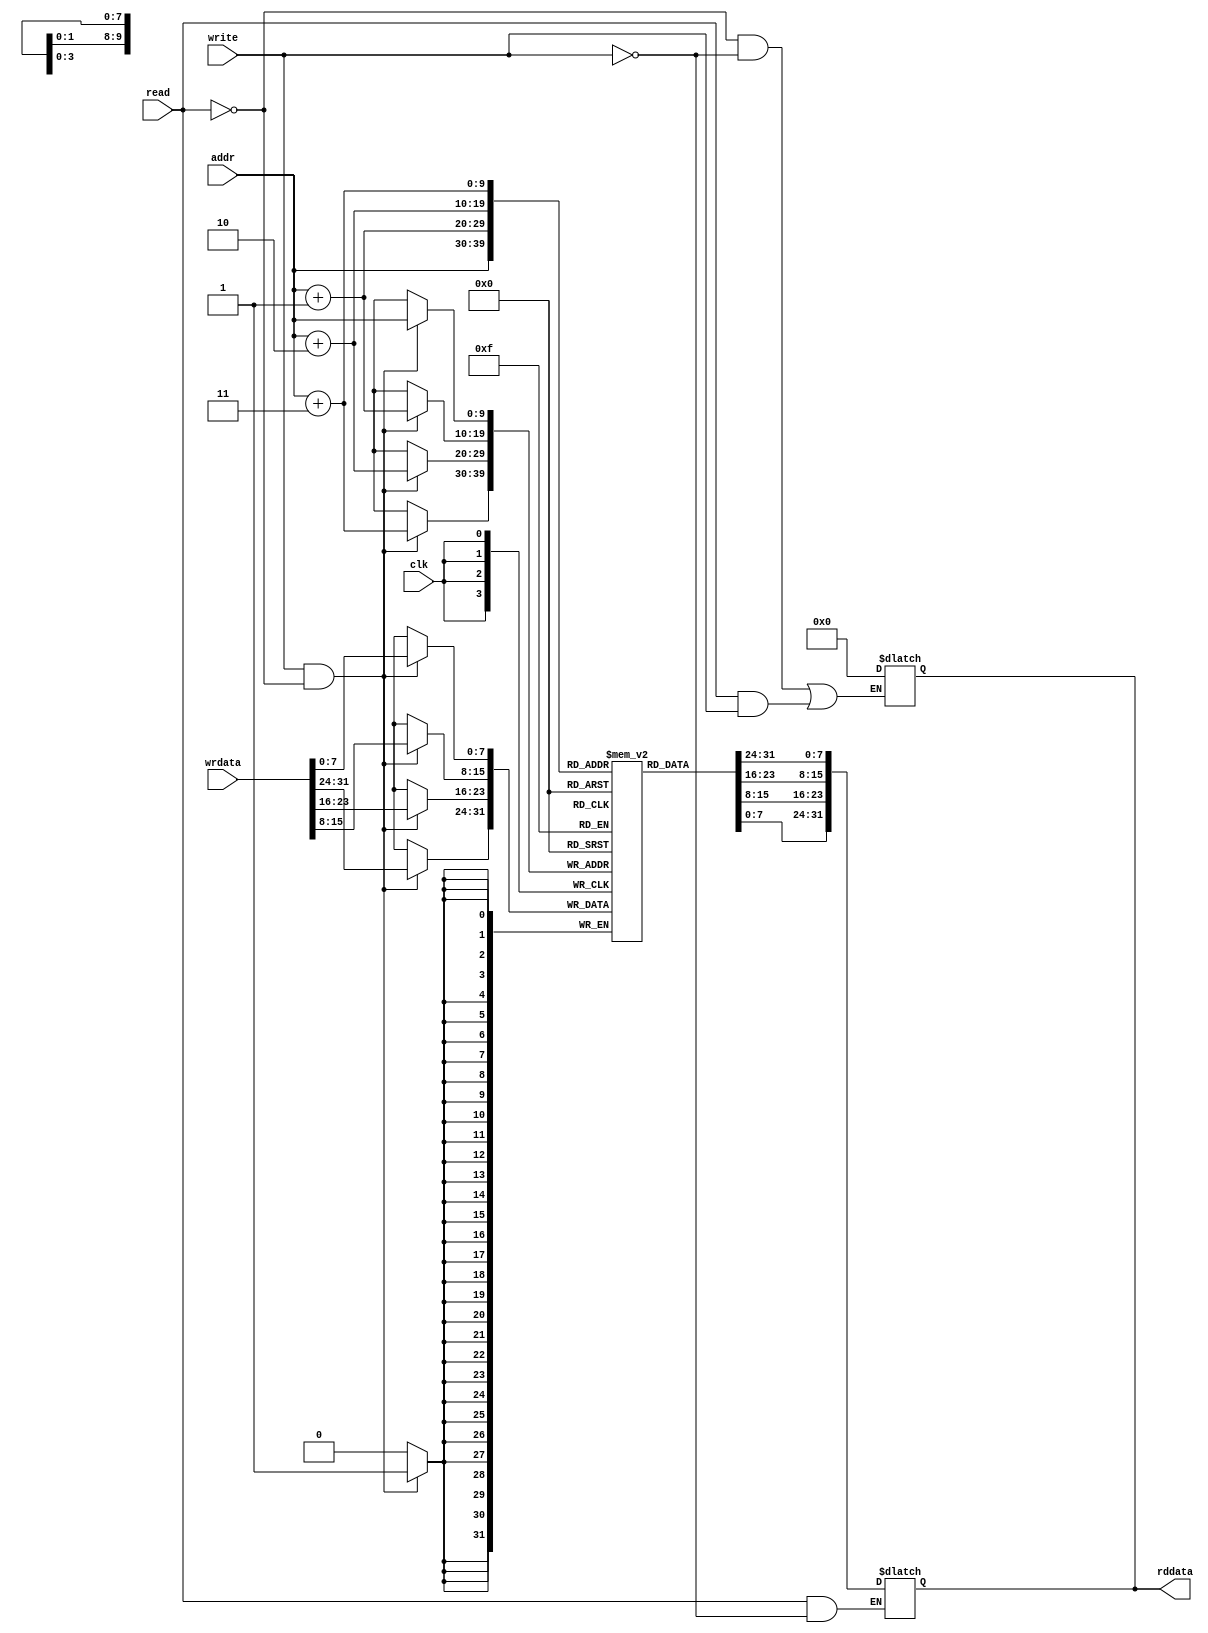
module mem (
    input clk, write, read, 
    input [9:0] addr, 
    input [31:0] wrdata, 
    output [31:0] rddata
);
    reg [7:0] memory [1023:0];
    reg [31:0] out;

    assign rddata = out;

    always @(posedge clk) begin
        if (write == 1'b1 && read == 1'b0) begin
            memory[addr] = wrdata[7:0];
            memory[addr + 1] = wrdata[15:8];
            memory[addr + 2] = wrdata[23:16];
            memory[addr + 3] = wrdata[31:24];
        end 
    end

    always @(read, addr) begin
        if (read == 1'b1 && write == 1'b0) begin
            out[7:0] = memory[addr];
            out[15:8] = memory[addr + 1];
            out[23:16] = memory[addr + 2];
            out[31:24] = memory[addr + 3];
        end
    end

    always @(read, write) begin
        if ((read == 1'b0 && write == 1'b0) || (read == 1'b1 && write == 1'b1)) begin
            out = 32'd0;
        end
    end

endmodule